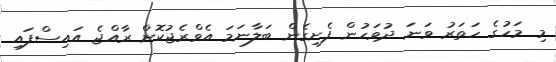
މި މަހުގެ ހަތަރު ވަނަ ދުވަހުން ފެށިގެން ބަލާނަމަ އެވްރެޖުކޮށް ރާއްޖެ އައިސްފައި